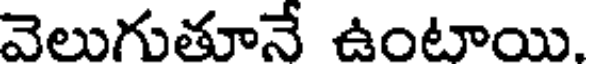
వెలుగుతూనే ఉంటాయి.